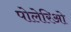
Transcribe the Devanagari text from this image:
पोलेरिओ